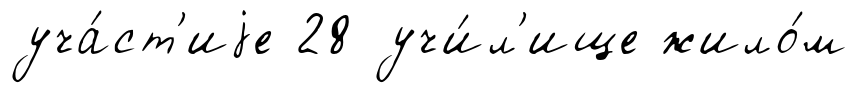
уча́ст'иjе 28 учи́л'ище жило́м